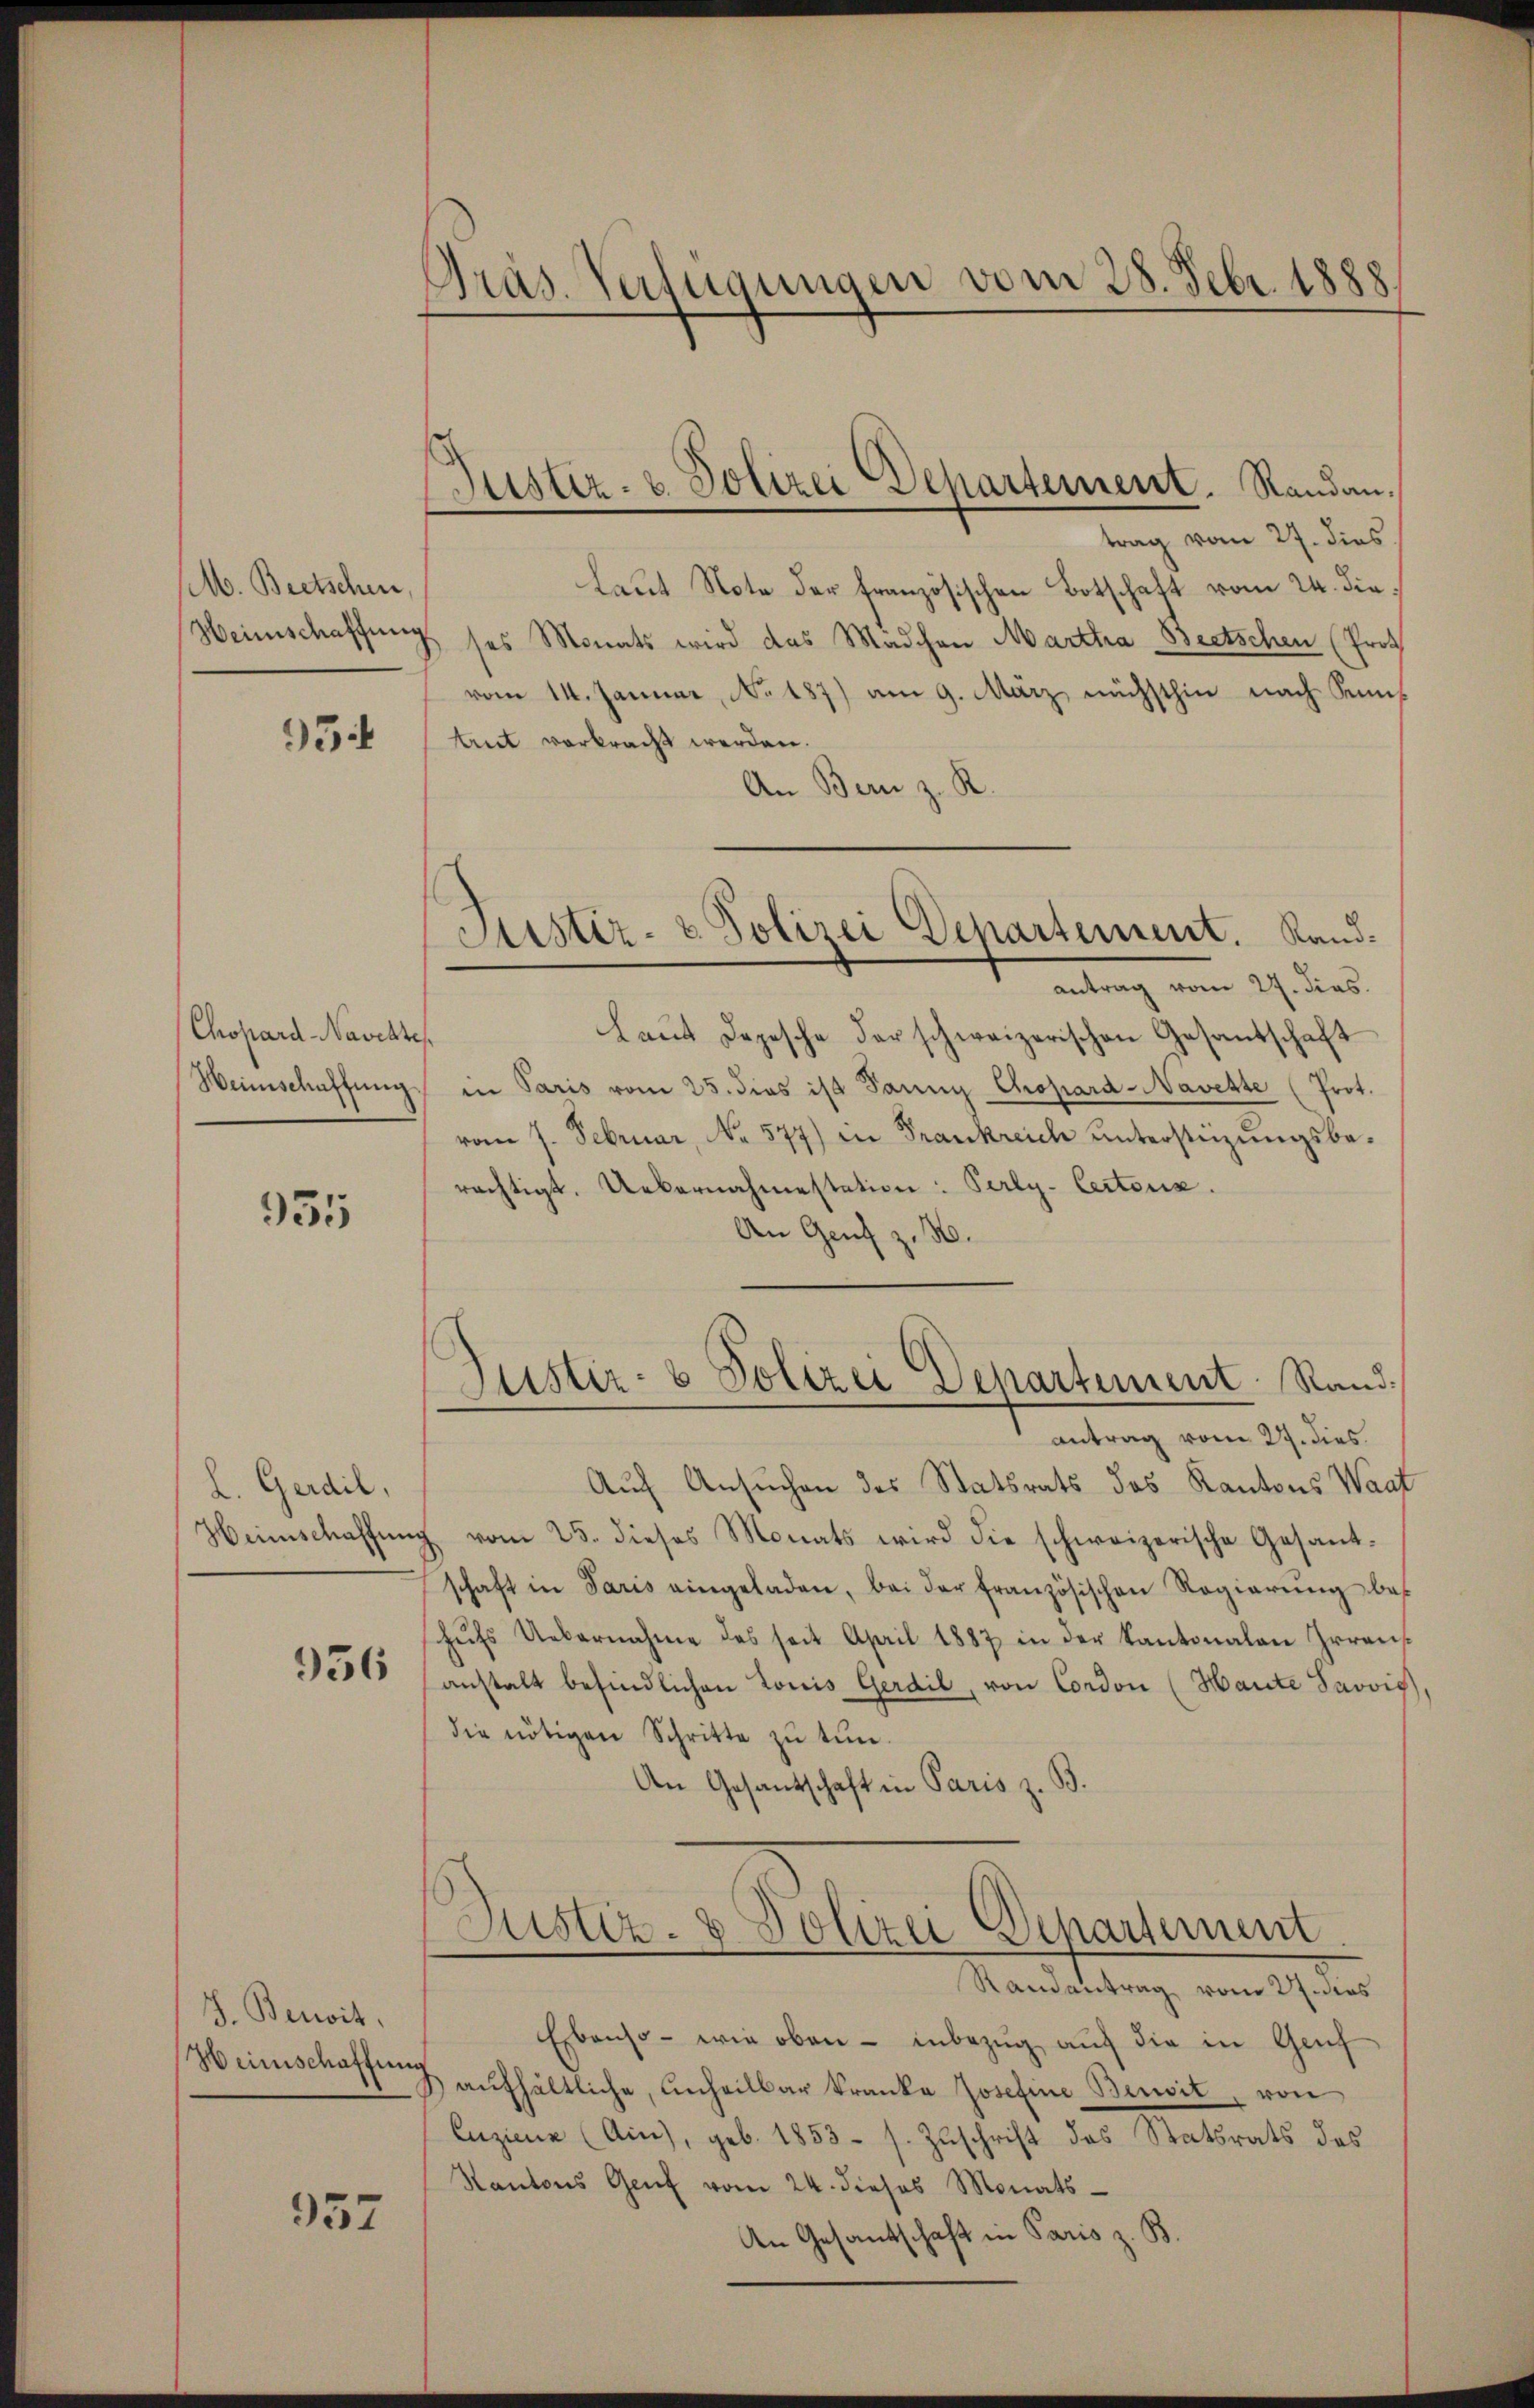
M. Beetschen,
Heimschaffung

95

Chopard Naschte
Heimschaffung

931

L. Gerdil,
Hirnschaffung

956

J. Benwit.
Heinschaffung

957

Präs. Verfügungen vom 28. Febr. 1888

Justiz- & Polizei Dehartement. Standantrag vom 27. dies

Justiz- & Polizei Departement. Landantrag vom 27. dies

laut Note der französischen Botschaft vom 24. die
ses Monats wird das Mädchen Martha Beetschen (Prot
vom 14. Januar, No. 187) am 9. März nächsthin nach Sum-
treit vorbracht werden.
An Bern z. R.
laŭt Depesche der schweizerischen Gesandschaft
in Paris vom 25. dies ist dann Chopard-Navette (Prot.
vom 7. Februar, No 577) in Frankreich untersteizŭngsbe-
rächtigt. Uebernahmestation: Perly- Certonis.
An Genf z. B.
Justiz- & Polizei Departement Rand
antrag vom 27. dies
Auf Ansuchen des Statsrats das Kantons Waat
 vom 25. dieses Monats wird die schweizerische Gesant-
schaft in Paris eingeladen, bei der französischen Regierŭng bes
hŭfs Uebernahme des seit April 1887 in der Kantonalen Irrens
anstalt befindlichen Louis Gerdil, von Condon (Haute Savvis
die nötigen Schritte zŭ tŭn.
An Gesandschaft in Paris z. B.
Justiz- & Polizei Departement
Randantrag vom 27. dies
Ebenso wie oben - inbezug auf die in Genf
 aŭfhältliche, unheilbar kranka Josefine Beisit von
Enzienz (Ain), geb. 1853 s. Zuschrift des Statsrats des
Kantons Genf vom 24. dieses Monats-
An Gesandtschaft in Paris z. B.